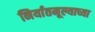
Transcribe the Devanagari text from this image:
निर्यातमूल्याच्या